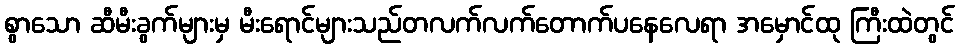
စွာသော ဆီမီးခွက်များမှ မီးရောင်များသည်တလက်လက်တောက်ပနေလေရာ အမှောင်ထု ကြီးထဲတွင်